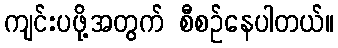
ကျင်းပဖို့အတွက် စီစဉ်နေပါတယ်။